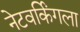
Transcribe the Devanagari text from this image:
नेटवर्किंगला